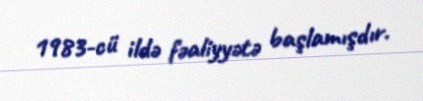
1983-cü ildə fəaliyyətə başlamışdır.